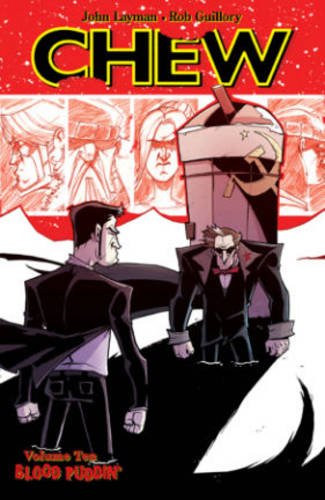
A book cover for Chew Volume 10: Blood Puddin'; John Layman; Comics & Graphic Novels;